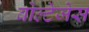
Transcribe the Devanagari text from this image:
वोल्टेजेस